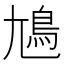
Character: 𡰎